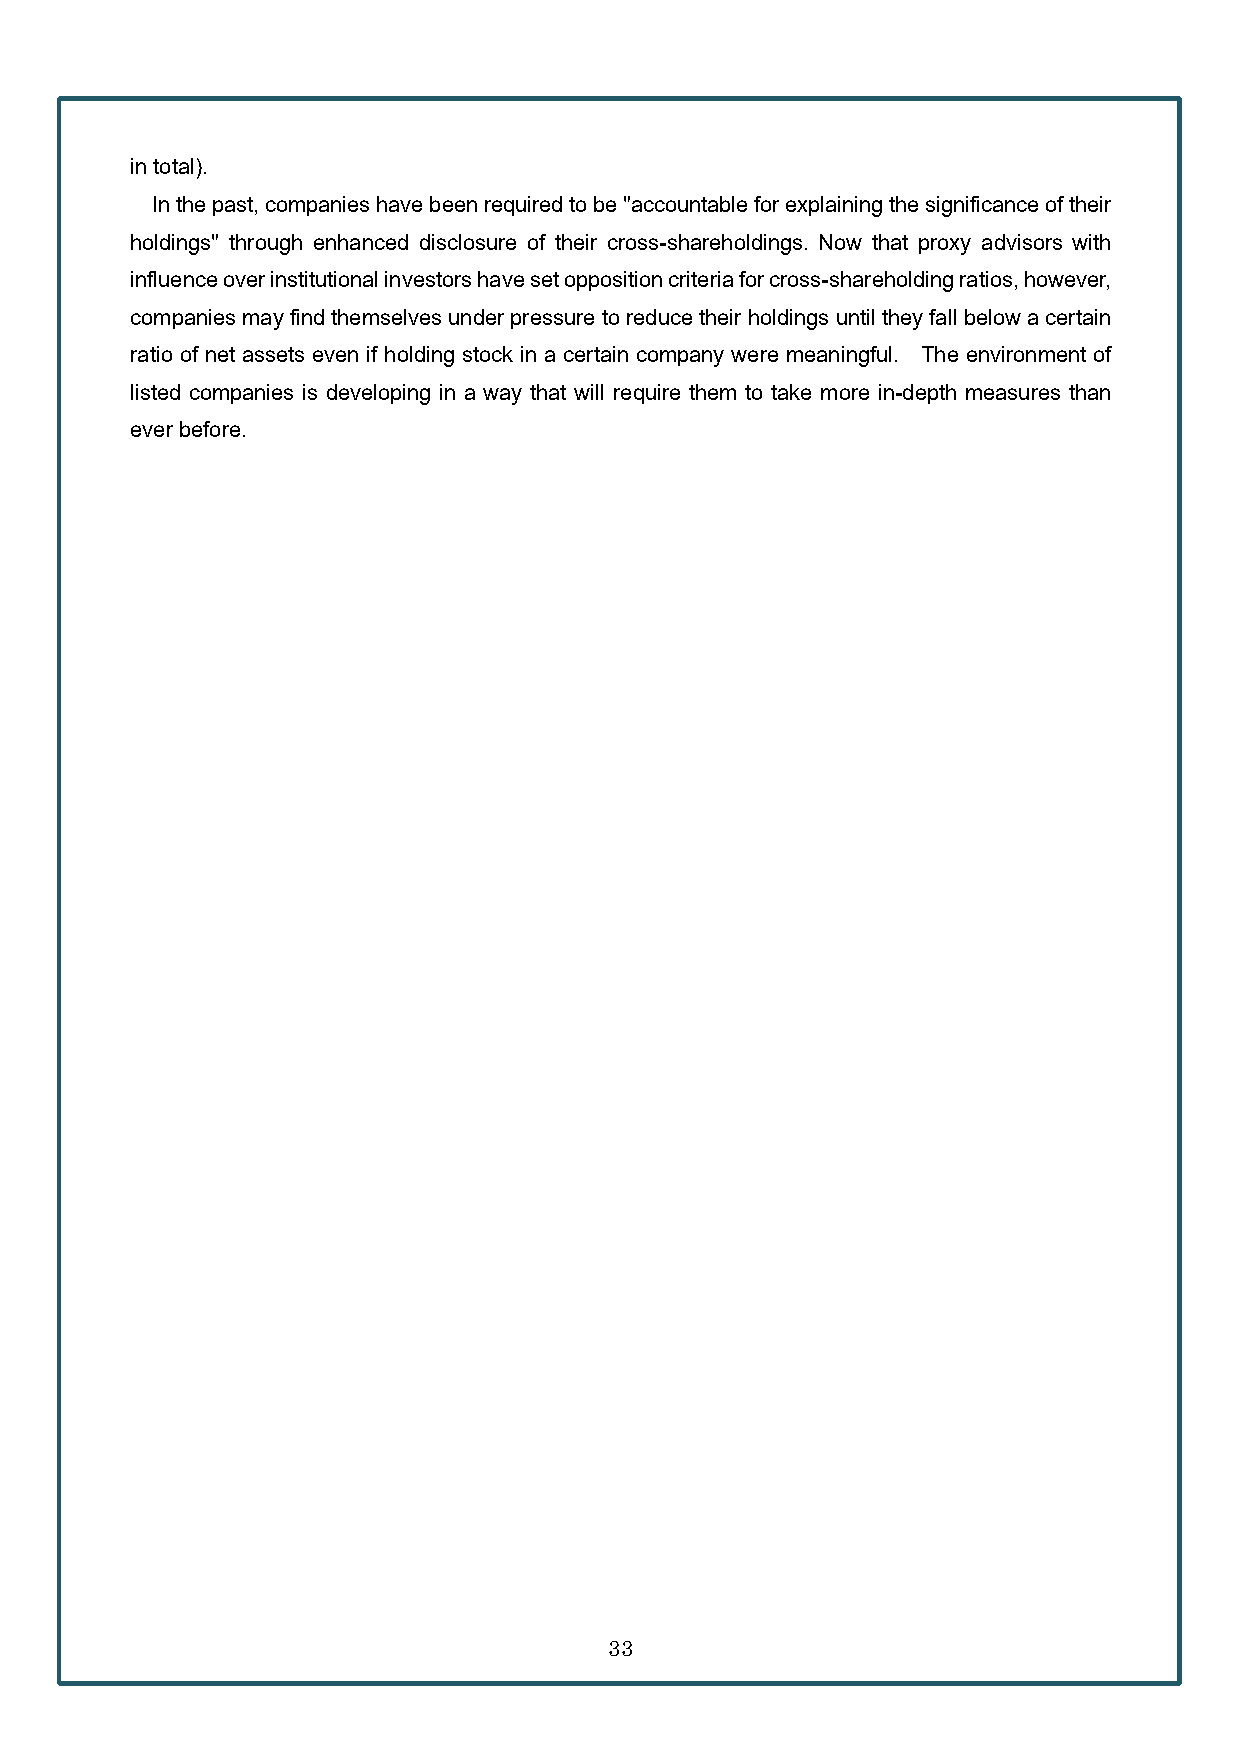
in total).
 In the past, companies have been required to be "accountable for explaining the significance of their
 holdings" through enhanced disclosure of their cross-shareholdings. Now that proxy advisors with
 influence over institutional investors have set opposition criteria for cross-shareholding ratios, however,
 companies may find themselves under pressure to reduce their holdings until they fall below a certain
 ratio of net assets even if holding stock in a certain company were meaningful. The environment of
 listed companies is developing in a way that will require them to take more in-depth measures than
 ever before.
 33